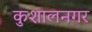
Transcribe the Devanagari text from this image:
कुशालनगर